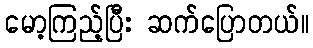
မော့ကြည့်ပြီး ဆက်ပြောတယ်။